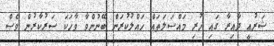
ޝަރުޢީ ދާއިރާ ގައި ހުރި މައްސަލަތައް ހައްލުކުރަން ބޭނުންވާ ވާހަކަ ސަރުކާރުން ވެސް